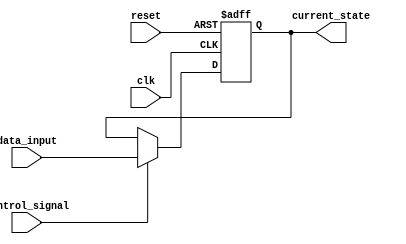
module hold_condition (
    input wire clk,              // Clock signal
    input wire reset,            // Reset signal
    input wire control_signal,    // Control Signal to determine hold or update
    input wire [7:0] data_input, // New data input
    output reg [7:0] current_state // Current State output
);

    // Initialize current_state at reset
    always @(posedge reset or posedge clk) begin
        if (reset) begin
            current_state <= 8'b0; // Initial value defined to zero during reset
        end
        else if (control_signal) begin
            current_state <= data_input; // Update state with new data if control_signal is high
        end
        // If control_signal is low, current_state remains unchanged (hold condition)
    end

endmodule